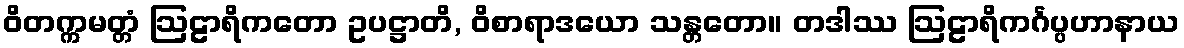
ဝိတက္ကမတ္တံ ဩဠာရိကတော ဥပဋ္ဌာတိ, ဝိစာရာဒယော သန္တတော။ တဒါဿ ဩဠာရိကင်္ဂပ္ပဟာနာယ